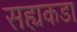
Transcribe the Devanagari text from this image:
सह्यकडा